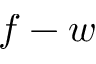
f - w